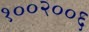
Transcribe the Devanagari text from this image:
१००२००६